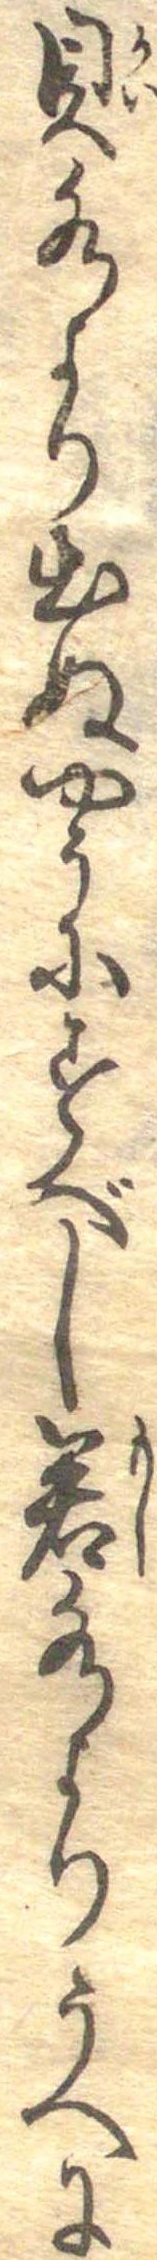
貝水より出ぬやうにすべし若水よりうへに